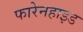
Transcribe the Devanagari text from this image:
फारेनहाइड